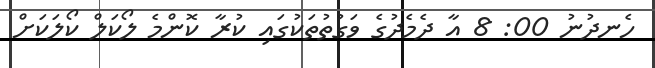
ހެނދުނު 00: 8 އާ ދެމެދުގެ ވަގުތުތަކުގައި ކުރާ ކޮންމެ ލޯކަލް ކޯލަކަށް